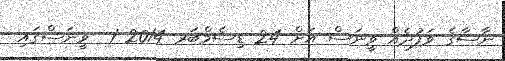
ނާސާގެ ވަފުދެއް ވީނަސް އަށް 24 ޑިސެމްބަރ 2014 1  ވީނަސްގައި